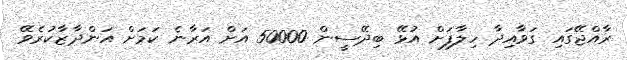
ރާއްޖޭގައި ގަވާއިދާ ހިލާފަށް އުޅޭ ބިދޭސީން 50000 އަށް އަރާނެ ކަމަށް އަންދާޒާކުރެވޭ